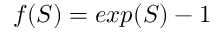
f ( S ) = e x p ( S ) - 1